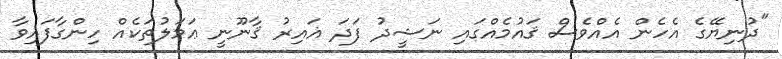
"ދުނިޔޭގެ އެހެން އެއްވެސް ޤައުމެއްގައި ނަޝީދު ފަދަ ޣައިރު ޤާނޫނީ ޢަމަލުތަކެއް ހިންގާފައިވާ